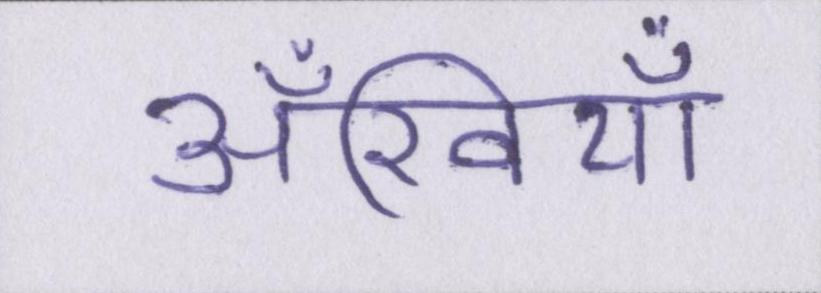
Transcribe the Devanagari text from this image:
अँखियाँ